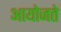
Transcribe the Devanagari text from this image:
आयोजते